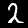
Digit: 2